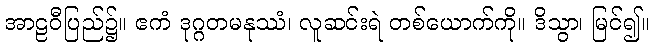
အာဠဝီပြည်၌။ ဧကံ ဒုဂ္ဂတမနုဿံ၊ လူဆင်းရဲ တစ်ယောက်ကို။ ဒိသွာ၊ မြင်၍။